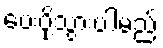
ပေးပို့သွားပါမည်